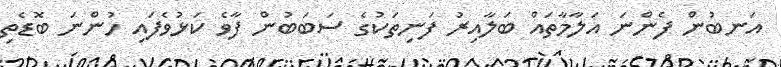
އަނބުން ފެންނަ އަލާމާތައް ބަލާއިރު ފަނިތަކުގެ ސަބަބުން ފާވެ ކަޅުވެފައި ހުންނަ ބޮޑެތި